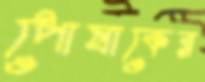
পোষাকের